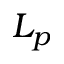
L _ { p }